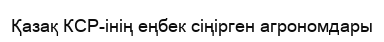
Қазақ КСР-інің еңбек сіңірген агрономдары